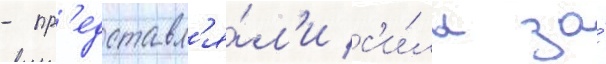
- пр'едставл'я́л'и с'и́лы за́